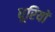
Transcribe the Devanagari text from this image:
धूरियों